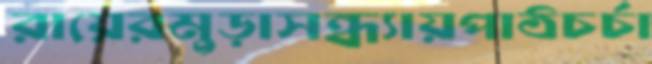
রায়েরমুড়াসন্ধ্যায়পাঠচর্চা